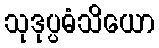
သုဒုပ္ပဓံသိယော